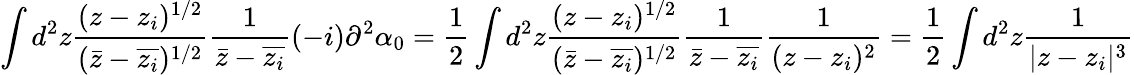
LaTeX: \int d^{2}z\frac{(z-z_{i})^{1/2}}{(\bar{z}-\overline{{z_{i}}})^{1/2}}\frac{1}{\bar{z}-\overline{{z_{i}}}}(-i)\partial^{2}\alpha_{0}=\frac{1}{2}\int d^{2}z\frac{(z-z_{i})^{1/2}}{(\bar{z}-\overline{{z_{i}}})^{1/2}}\frac{1}{\bar{z}-\overline{{z_{i}}}}\frac{1}{(z-z_{i})^{2}}=\frac{1}{2}\int d^{2}z\frac{1}{|z-z_{i}|^{3}}